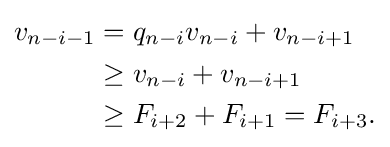
{\begin{aligned}v_{n-i-1}&=q_{n-i}v_{n-i}+v_{n-i+1}\\&\geq v_{n-i}+v_{n-i+1}\\&\geq F_{i+2}+F_{i+1}=F_{i+3}.\end{aligned}}